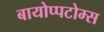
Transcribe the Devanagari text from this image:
बायोप्पटोम्स